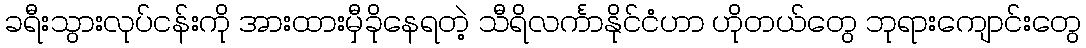
ခရီးသွားလုပ်ငန်းကို အားထားမှီခိုနေရတဲ့ သီရိလင်္ကာနိုင်ငံဟာ ဟိုတယ်တွေ ဘုရားကျောင်းတွေ